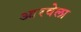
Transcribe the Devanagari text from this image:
आरवेला